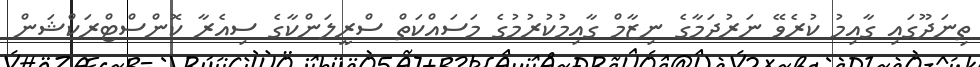
ތިނަދޫގައި ގާއިމު ކުރެވޭ ނަރުދަމާގެ ނިޒާމް ގާއިމުކުރުމުގެ މަސައްކަތް ސްރީލަންކާގެ ސިއެރާ ކޮންސްޓްރަކްޝަން